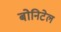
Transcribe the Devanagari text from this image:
बोनिटेल